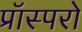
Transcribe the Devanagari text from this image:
प्रॉस्परो